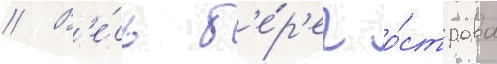
// В'е́сь б'е́р'ег о́строва